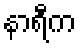
နာရီက